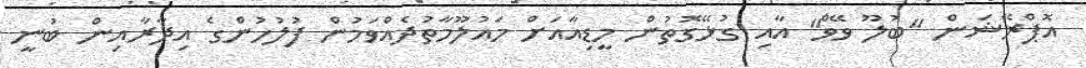
އޮޕްރޭޝަން "ބުލޫ ވޭވް" އާއި ގުޅޭގޮތުން މީޑިއާއަށް މައުލޫމާތުދެއްވަމުން ފުލުހުންގެ އިދާރާއިން ބުނީ